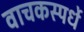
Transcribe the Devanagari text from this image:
वाचकस्पर्धे